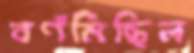
বর্ণমিছিল